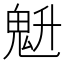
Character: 𱆗